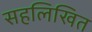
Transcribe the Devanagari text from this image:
सहलिखित